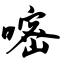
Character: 嘧